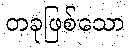
တခုဖြစ်သော